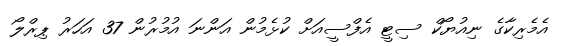
އެމެރިކާގެ ނިއުޔޯކް ސިޓީ އެފްސީއަށް ކުޅެމުން އަންނަ އުމުރުން 37 އަހަރު ޕިރްލޯ